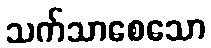
သက်သာစေသော